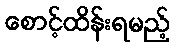
စောင့်ထိန်းရမည့်